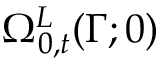
\Omega _ { 0 , t } ^ { L } ( \Gamma ; 0 )